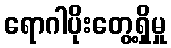
ရောဂါပိုးတွေ့ရှိမှု